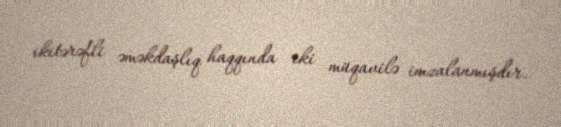
ikitərəfli əməkdaşlıq haqqında iki müqavilə imzalanmışdır.